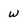
Character: W